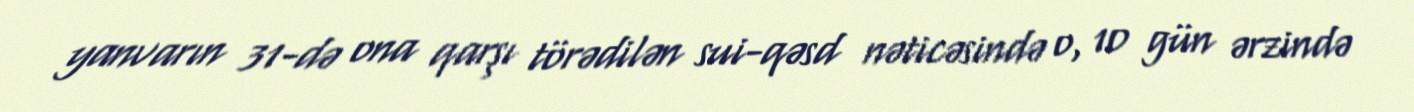
yanvarın 31-də ona qarşı törədilən sui-qəsd nəticəsində o, 10 gün ərzində